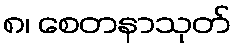
၈၊ စေတနာသုတ်